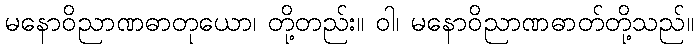
မနောဝိညာဏဓာတုယော၊ တို့တည်း။ ဝါ၊ မနောဝိညာဏဓာတ်တို့သည်။